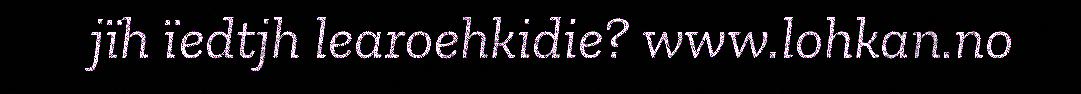
jïh ïedtjh learoehkidie? www.lohkan.no